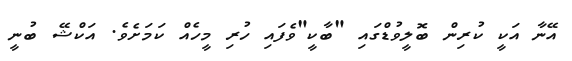
އޭނާ އަކީ ކުރިން ބޮލީވުޑްގައި "ބާކީ"ވެފައި ހުރި މީހެއް ކަމަށެވެ. އަކްޝޭ ބުނީ